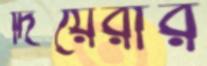
দিয়েরার